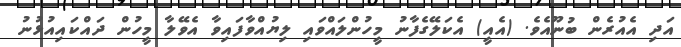
އަދި އެއުރެން ބުނޫއެވެ. (އެއީ) އެކަލޭގެފާނު މީހުންލައްވައި ލިޔުއްވާފައިވާ އެވޭލާ މީހުން ދައްކައިއުޅުނު